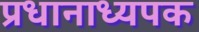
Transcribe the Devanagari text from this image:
प्रधानाध्यपक